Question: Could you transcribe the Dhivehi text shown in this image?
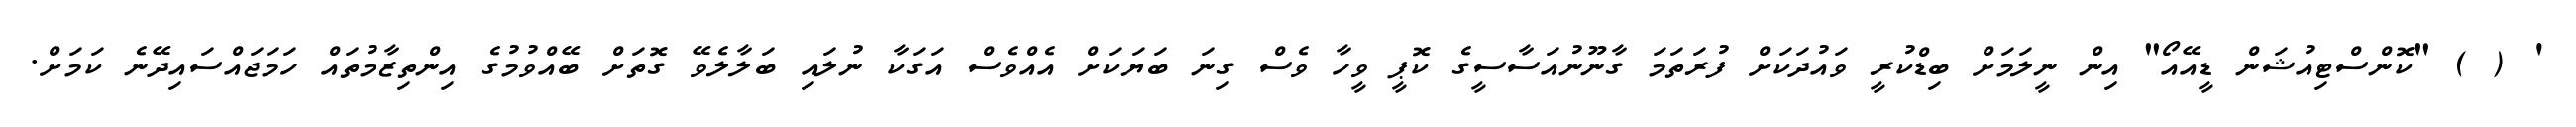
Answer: ' ( ) "ކޮންސްޓިއުޝަން ޑީއޭއޯ" އިން ނީލަމަށް ބިޑްކުރީ ވައުދަކަށް ފުރަތަމަ ގާނޫނުއަސާސީގެ ކޮޕީ ވީހާ ވެސް ގިނަ ބަޔަކަށް އެއްވެސް އަގަކާ ނުލައި ބަލާލެވޭ ގޮތަށް ބޭއްވުމުގެ އިންތިޒާމުތައް ހަމަޖައްސައިދޭނެ ކަމަށް.